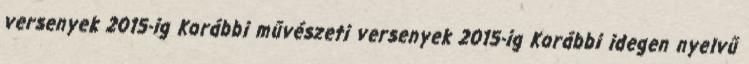
versenyek 2015-ig Korábbi művészeti versenyek 2015-ig Korábbi idegen nyelvű